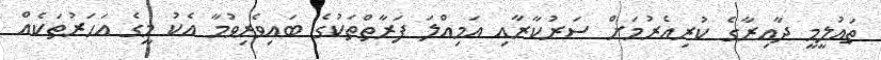
ތައުލީމީ ދާއިރާގެ ކުރިއެރުމަށް ސަރުކާރާއި އަމިއްލަ ފަރާތްތަކުގެ ބައިވެރިވުމާ އެކު މީގެ އަހަރުތަކެއް